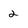
Character: 2